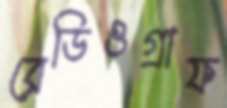
রেডিওগ্রাফ